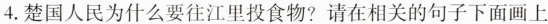
4.楚国人民为什么要往江里投食物?请在相关的句子下面画上